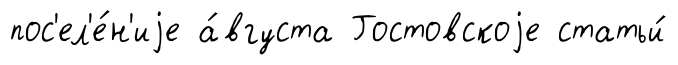
пос'ел'е́н'иjе а́вгуста Гостовскоjе статьи́